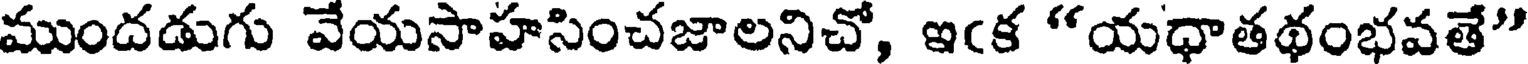
ముందడుగు వేయసాహసించజాలనిచో, ఇఁక "యధాతథంభవతే"